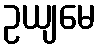
ဥယျမေ